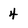
Character: 4